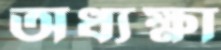
অধ্যক্ষা